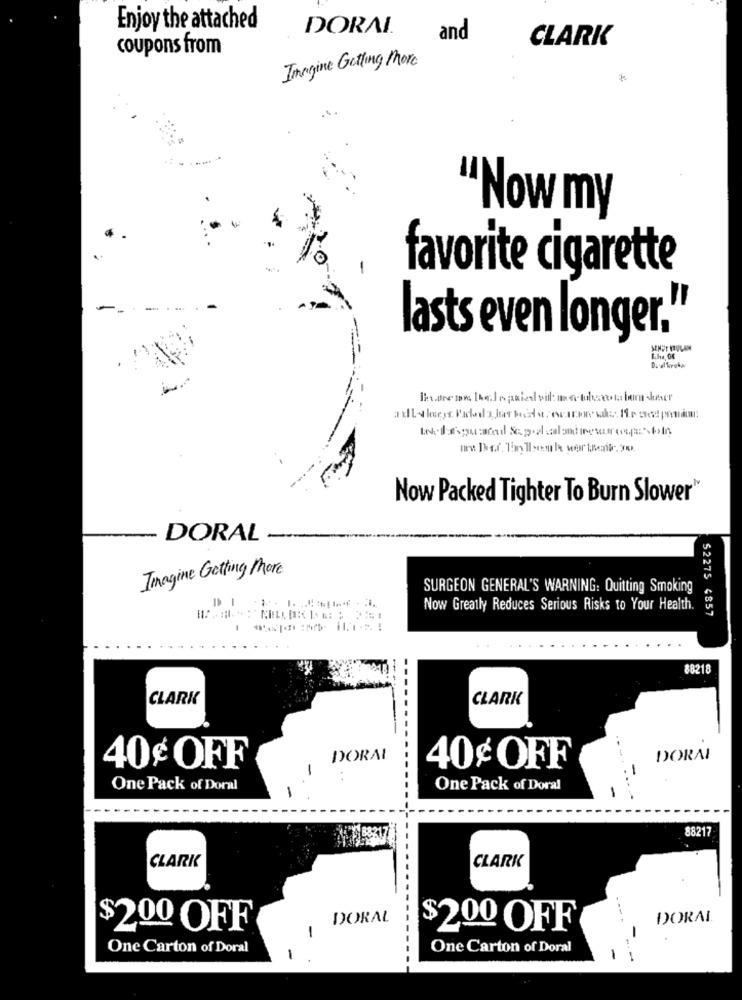
Enjoy the attached
DORAL
and
coupons from
CLARK
Imagine Getting More
Now my
favorite cigarette
-
lasts even longer."
Now Packed Tighter To Burn Slower
DORAL
Imagine Getting More
SURGEON GENERAL'S WARNING: Quitting Smoking
Now Greatly Reduces Serious Risks to Your Health.
$2275 4857
88218
CLARK
CLARK
DORAL
DORAI
40¢ OFF
-
40¢ OFF
-
One Pack of Doral
One Pack of Doral
-
-
8821
88217
CLARK
CLARK
DORAL
DORAL
$200 OFF
$200 OFF
-
One Carton of Doral
One Carton of Doral